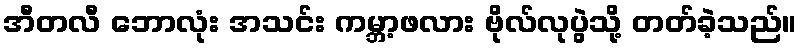
အီတလီ ဘောလုံး အသင်း ကမ္ဘာ့ဖလား ဗိုလ်လုပွဲသို့ တတ်ခဲ့သည်။